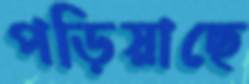
পড়িয়াছে